Annual returns of the Patna Lunatic Asylum at Bankipore in Bihar and Orissa - 1912-1924
Year: 1912
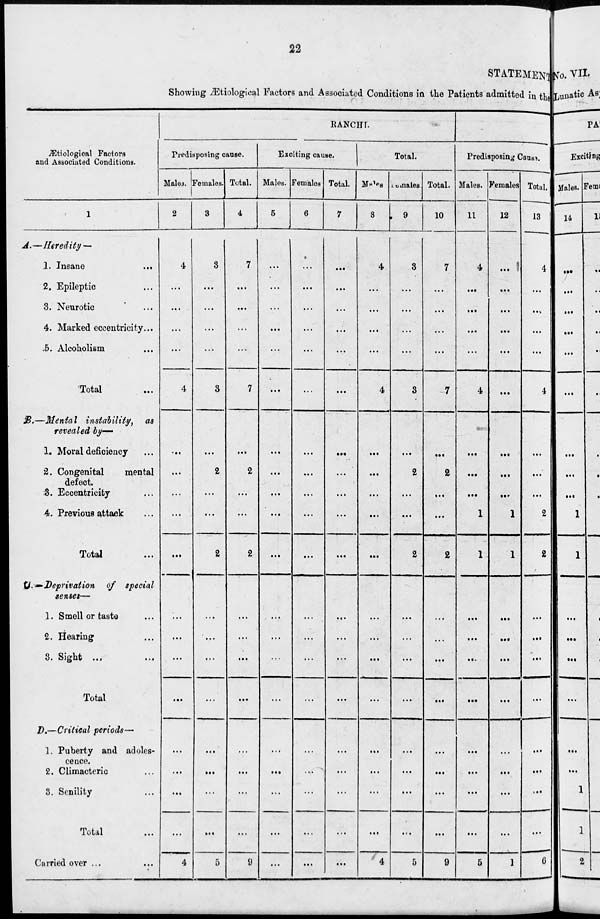
22
STATEMENT
Showing Ætiological Factors and Associated Conditions in the Patients admitted in the
Ætiological Factors
and Associated Conditions.
1
A.—Heredity —
1. Insane ...
2. Epileptic ...
3. Neurotic ...
4. Marked eccentricity...
5. Alcoholism ...
Total ...
B.—Mental instability, as
revealed by—
1.Moral deficiency ...
2. Congenital
mental
defect.
3. Eccentricity ...
4. Previous attack ...
Total ...
C.— Deprivation of special
senses—
1. Smell or taste ...
2. Hearing ...
3. Sight ... ...
Total
D.—Critical periods—
1. Puberty and adoles-
cence.
2. Climacteric ...
3. Senility ...
Total ...
Carried over ... ...
RANCHI.
Predisposing cause.
Males.
2
4
...
...
...
...
4
...
...
...
...
...
...
...
...
...
...
...
...
...
4
Females.
3
3
...
...
...
...
3
...
2
...
...
2
...
...
...
...
...
...
...
...
5
Total.
4
7
...
...
...
...
7
...
2
...
...
2
...
...
...
...
...
...
...
...
9
Exciting cause.
Males.
5
...
...
...
...
...
...
...
...
...
...
...
...
...
...
...
...
...
...
...
Females
6
...
...
...
...
...
...
...
...
...
...
...
...
...
...
...
...
...
...
...
...
Total.
7
...
...
...
...
...
...
...
...
...
...
...
...
...
...
...
...
...
...
...
...
Total.
Males.
8
4
...
...
...
...
4
...
...
...
...
...
...
...
...
...
...
...
...
...
4
Females.
9
3
...
...
...
...
3
...
2
...
...
2
...
...
...
...
...
...
...
...
5
Total.
10
7
...
...
...
...
7
...
2
...
...
2
...
...
...
...
...
...
...
...
9
Predisposing Cause.
Males.
11
4
...
...
...
...
4
...
...
...
1
1
...
...
...
...
...
...
...
...
5
Females.
12
...
...
...
...
...
...
...
...
...
1
1
...
...
...
...
...
...
...
...
1
Total.
13
4
...
...
...
...
4
...
...
...
2
2
...
...
...
...
...
...
...
...
6